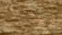
الكآبة